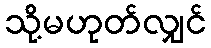
သို့မဟုတ်လျှင်